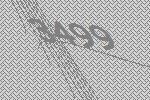
3499